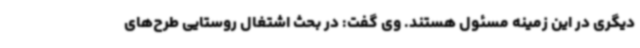
دیگری در این زمینه مسئول هستند. وی گفت: در بحث اشتغال روستایی طرح‌های